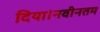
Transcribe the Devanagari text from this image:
दिया।नवीनतम